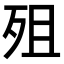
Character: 殂